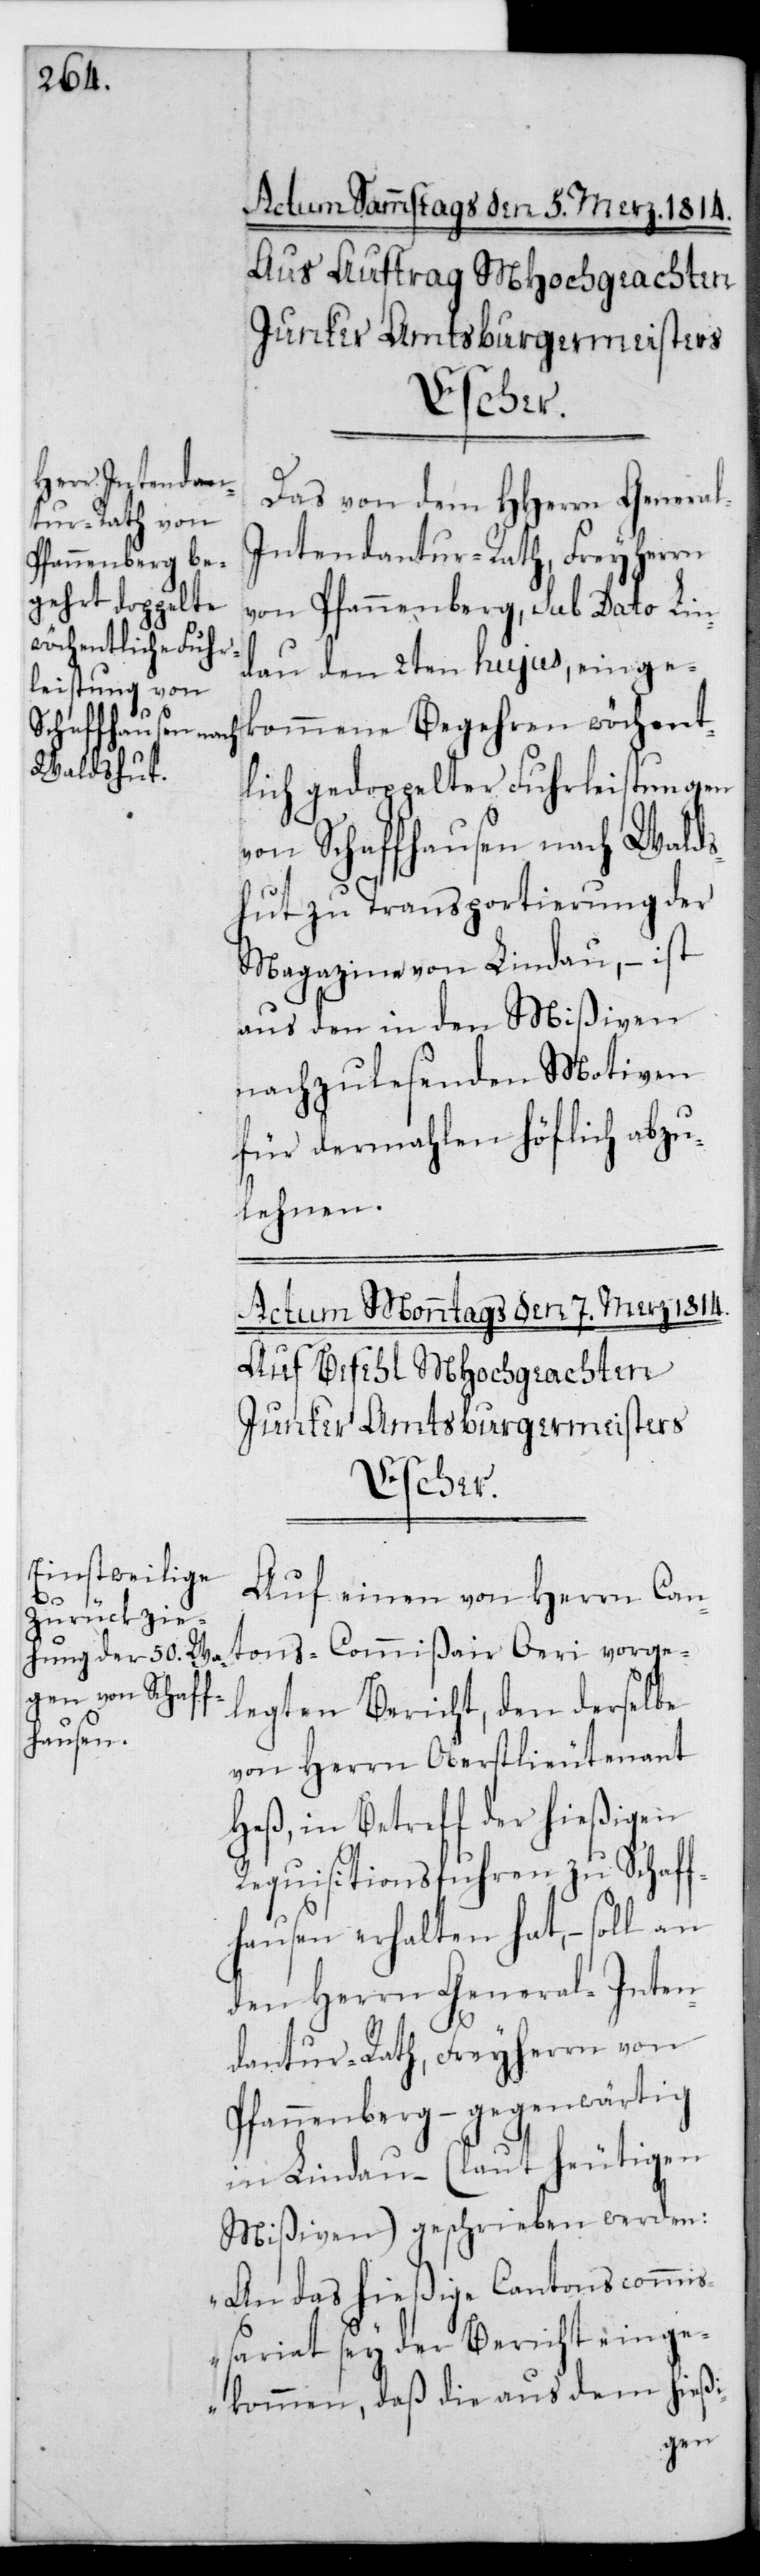
l-I¬

Das von dem HHerren Genera¬
ntendantur-Rath Freiherrn
von Pfannenberg, sub Dato Lin¬
dau den 2ten hujus, einge¬
kommene Begehren wöchent¬
lich gedoppelter Fuhrleistungen
von Schaffhausen nach Walds¬
hut zu Transportierung der
Magazine von Lindau, – ist
aus den in den Mißiven
nachzulesenden Motiven
für dermahlen höflich abzu¬
lehnen.
Auf einen von Herrn Can¬
tonscommißair Öri vorge¬
legten Bericht, den derselbe
von Herrn Oberstlieutenant
Heß, in Betreff der hießigen
Requisitionsfuhren zu Schaff¬
hausen erhalten hat, – soll an
den Herrn General-Inten¬
dantur-Rath, Freiherrn von
Pfannenberg – gegenwärtig
in Lindau (laut heutigen
Mißiven) geschrieben werden:
„An das hießige Cantonscommi¬
ßariat sey der Bericht einge¬
kommen, daß die aus dem hießi-